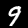
Digit: 9